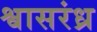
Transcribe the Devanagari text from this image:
श्वासरंध्र